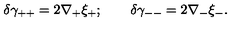
\delta \gamma _ { + + } = 2 \nabla _ { + } \xi _ { + } ; \qquad \delta \gamma _ { -- } = 2 \nabla _ { - } \xi _ { - } .